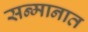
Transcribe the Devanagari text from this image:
सन्मानात